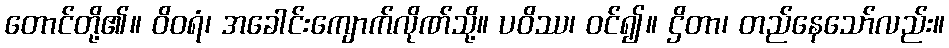
တောင်တို့၏။ ဝိဝရံ၊ အခေါင်းကျောက်လိုဏ်သို့။ ပဝိဿ၊ ဝင်၍။ ဌိတာ၊ တည်နေသော်လည်း။